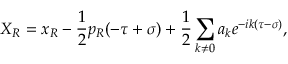
X _ { R } = x _ { R } - \frac { 1 } { 2 } p _ { R } ( - \tau + \sigma ) + \frac { 1 } { 2 } \sum _ { k \neq 0 } a _ { k } e ^ { - i k ( \tau - \sigma ) } ,